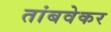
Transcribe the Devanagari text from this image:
तांबवेकर